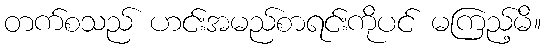
တက်စသည် ဟင်းအမည်စာရင်းကိုပင် မကြည့်မိ။